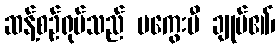
ဆန့်စဉ်ရုပ်သည် မကွေးမီ ချုပ်၏၊